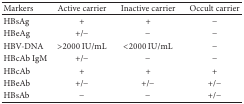
<table><thead><tr><td><b>Markers</b></td><td><b>Active carrier </b></td><td><b>Inactive carrier</b></td><td><b>Occult carrier</b></td></tr></thead><tbody><tr><td>HBsAg</td><td>+</td><td>+</td><td>−</td></tr><tr><td>HBeAg</td><td>+/−</td><td>−</td><td>−</td></tr><tr><td>HBV-DNA</td><td>&gt;2000 IU/mL</td><td>&lt;2000 IU/mL</td><td>−</td></tr><tr><td>HBcAb IgM</td><td>+/−</td><td>−</td><td>−</td></tr><tr><td>HBcAb</td><td>+</td><td>+</td><td>+</td></tr><tr><td>HBeAb</td><td>+/−</td><td>+/−</td><td>+/−</td></tr><tr><td>HBsAb</td><td>−</td><td>−</td><td>+/−</td></tr></tbody></table>